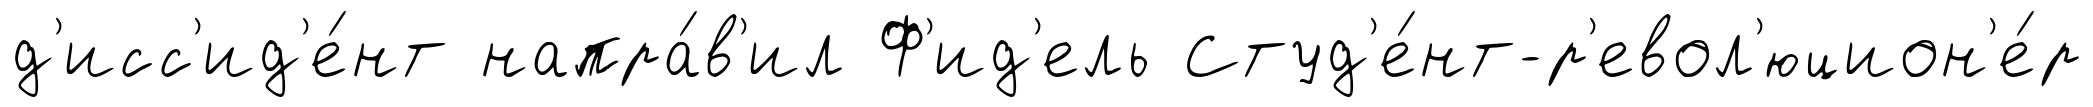
д'исс'ид'е́нт напра́в'ил Ф'ид'ель Студ'е́нт-р'евол'юцион'е́р